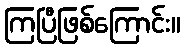
ကြပြီဖြစ်ကြောင်း။